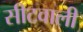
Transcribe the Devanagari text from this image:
सीटवाली